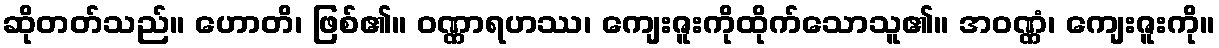
ဆိုတတ်သည်။ ဟောတိ၊ ဖြစ်၏။ ဝဏ္ဏာရဟဿ၊ ကျေးဇူးကိုထိုက်သောသူ၏။ အဝဏ္ဏံ၊ ကျေးဇူးကို။